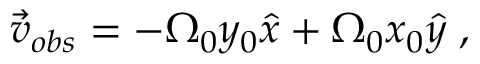
\vec { v } _ { o b s } = - { \Omega } _ { 0 } y _ { 0 } \hat { x } + { \Omega } _ { 0 } x _ { 0 } \hat { y } \; ,